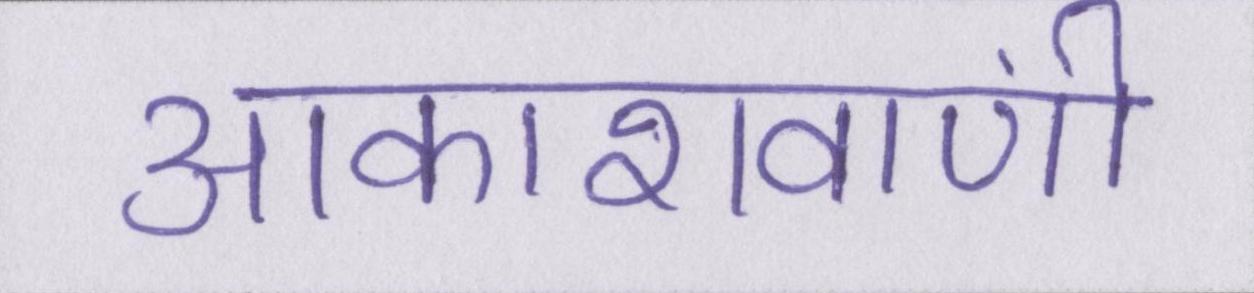
आकाशवाणी